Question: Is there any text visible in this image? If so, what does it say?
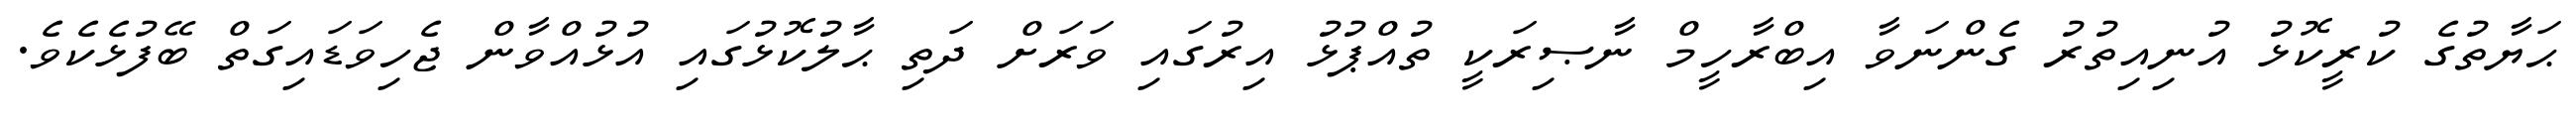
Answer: ޙަޔާތުގެ ކުރީކޮޅު އުނިއިތުރު ގެންނަވާ އިބްރާހީމް ނާޞިރަކީ ތުއްޕުޅު އިރުގައި ވަރަށް ދަތި ޙާލުކޮޅުގައި އުޅުއްވާން ޖެހިވަޑައިގަތް ބޭފުޅެކެވެ.